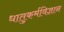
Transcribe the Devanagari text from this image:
धातुकर्मविज्ञान